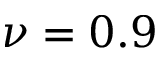
\nu = 0 . 9